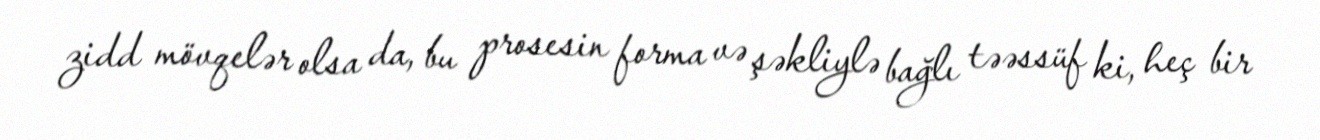
zidd mövqelər olsa da, bu prosesin forma və şəkliylə bağlı təəssüf ki, heç bir